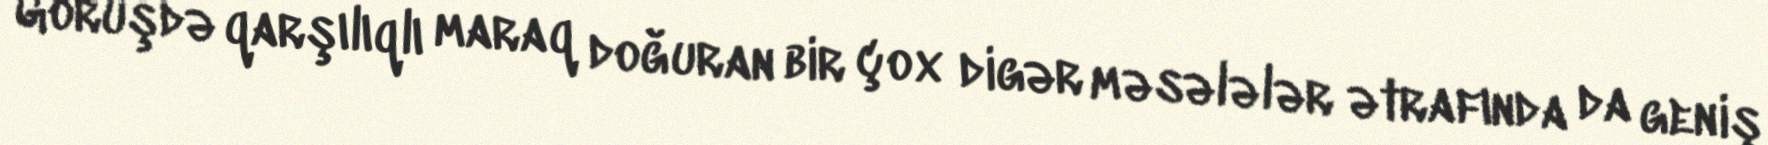
Görüşdə qarşılıqlı maraq doğuran bir çox digər məsələlər ətrafında da geniş